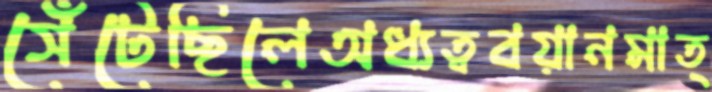
সেঁটেছিলেঅধ্যত্ববয়ানমাত্